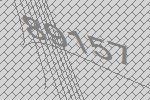
89157